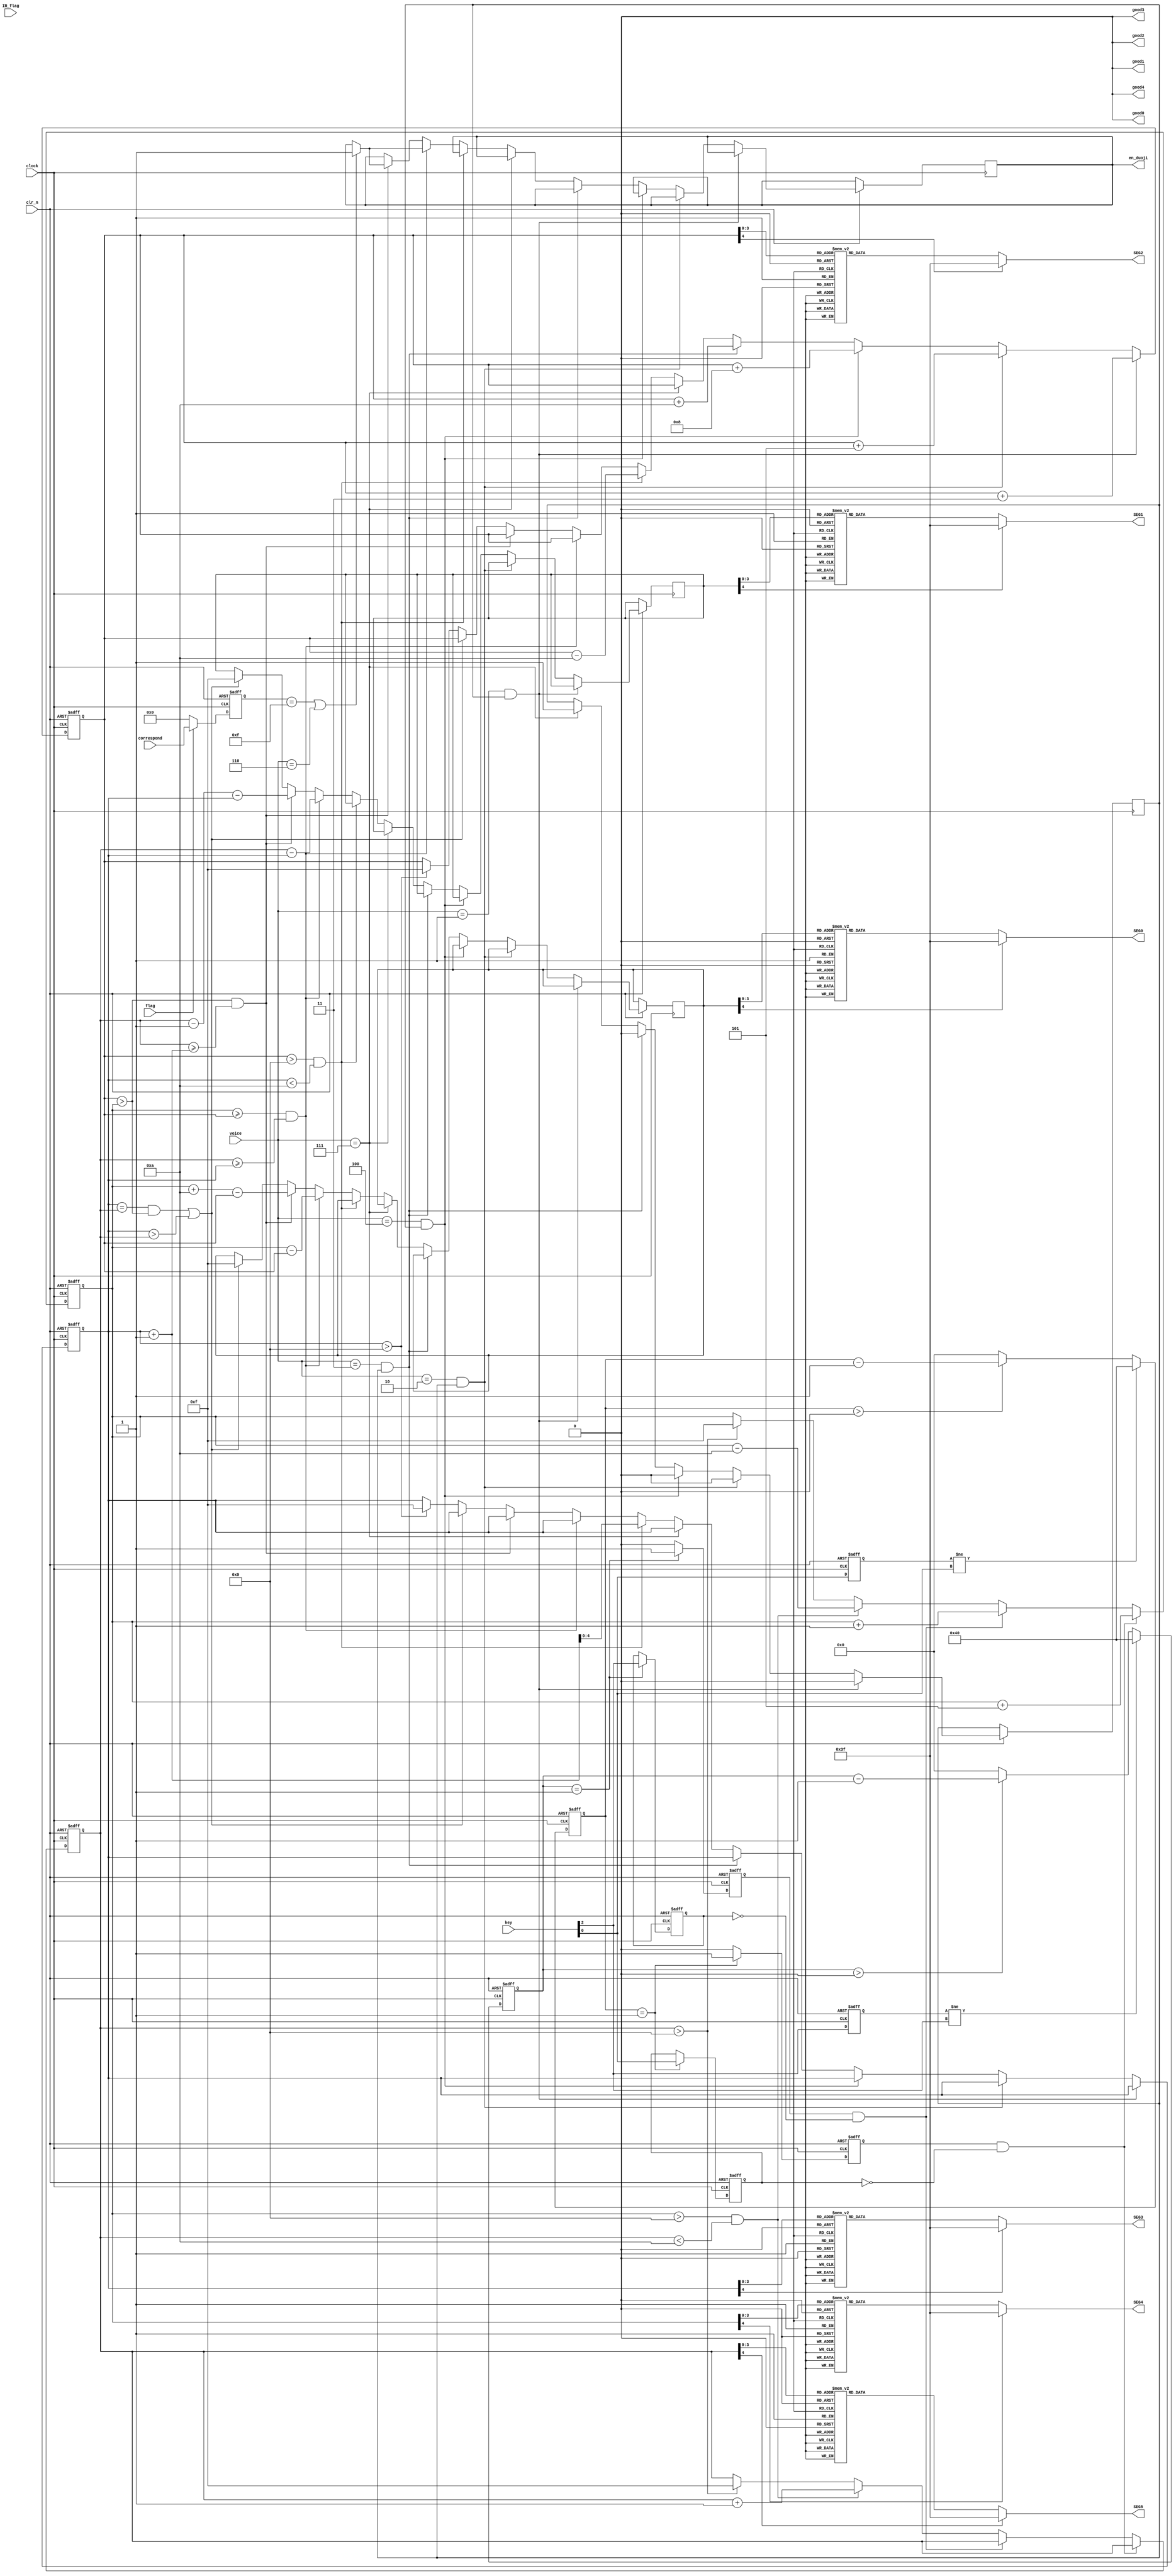
module calcu(
	input clock,
	input clr_n,
	input [2:0] key,
	input flag,
	input    [2:0]voice,
	input IR_flag,
	input  [7:0] correspond,
	output reg good0,
	output reg good1,
	output reg good2,
	output reg good3,
	output reg good4,
	
	output reg en_duoji,
	output reg [6:0] SEG0,
	output reg [6:0] SEG1,
	output reg [6:0] SEG2,
	output reg [6:0] SEG3,
	output reg [6:0] SEG4,
	output reg [6:0] SEG5
);
reg[7:0]A;
reg[2:0]B=3'b0;
reg voice_flag;
reg chongfu_flag=1'b0;
reg [2:0]key_value;
reg [2:0]key_flag;
reg [2:0]key_reg;
reg [6:0]pay_total='d0;
reg [6:0]item_total='d0;
//reg [3:0]num_cnt='d0;
reg [3:0]pay_1=4'd5;
reg [3:0]pay_2=4'd1;
reg [3:0]item_1=4'd3;
reg [3:0]item_2=4'd5;
reg [3:0]item_3=4'd8;
reg [3:0]item_4=4'd10;
reg [4:0]pay_total_gw='d0;
reg [4:0]pay_total_sw='d0;
reg [4:0]remain_gw='d0;
reg [4:0]remain_sw='d0;
reg [4:0]item_total_gw='d0;
reg [4:0]item_total_sw='d0;
reg [19:0] delay_cnt;
reg [19:0] delay_cnt1;
reg [19:0] delay_cnt2;
initial SEG0=7'b100_0000;
initial SEG1=7'b100_0000;
initial  good0='b0;
initial  good1='b0;
initial  good2='b0;
initial good3='b0;
initial good4='b0;
initial en_duoji='b0;
always@(posedge clock or negedge clr_n)
if(clr_n == 1'b0)
A <= 8'b0;
else if(flag==1'b1)
A <= correspond;
else
A <= 8'b0;

//always@(posedge clock or negedge clr_n)
//if(clr_n == 1'b0)
//B <= 3'b0;
//else if(B==voice)
//B <= 3'b0;
//else
//B <=voice;


always@(posedge clock or negedge clr_n)begin
	if(!clr_n)begin
		key_reg[0]<=1'b1;
		delay_cnt<=20'b0;
		end
	else begin
		key_reg[0]<=key[0];
		if(key_reg[0] != key[0])
			delay_cnt<=20'b1000_000;
		else begin
			if(delay_cnt>0)
				delay_cnt<=delay_cnt-20'b1;
			else
				delay_cnt<=20'b0;
			end
		end	
end
always@(posedge clock or negedge clr_n)begin
	if(!clr_n)begin
		key_value[0]<=1'b1;
		key_flag[0]<=1'b0;
	end 
	else begin 
		if(delay_cnt==20'b1)begin
			key_flag[0]<=1'b1;
			key_value[0]<=key[0];
		end
		else begin
			key_flag[0]<=1'b0;
			key_value[0]<=key_value[0];
			end
		end
	end
	
		always@(posedge clock or negedge clr_n)begin
	if(!clr_n)begin
		key_reg[2]<=1'b1;
		delay_cnt2<=20'b0;
		end
	else begin
		key_reg[2]<=key[2];
		if(key_reg[2] != key[2])
			delay_cnt2<=20'b1000_000;
		else begin
			if(delay_cnt2>0)
				delay_cnt2<=delay_cnt2-20'b1;
			else
				delay_cnt2<=20'b0;
			end
		end	
end
always@(posedge clock or negedge clr_n)begin
	if(!clr_n)begin
		key_value[2]<=1'b1;
		key_flag[2]<=1'b0;
	end 
	else begin 
		if(delay_cnt2==20'b1)begin
			key_flag[2]<=1'b1;
			key_value[2]<=key[2];
		end
		else begin
			key_flag[2]<=1'b0;
			key_value[2]<=key_value[2];
			end
		end
	end
	
always@(posedge clock or negedge clr_n)begin
	if(!clr_n) begin
			pay_total_gw<='d0;
			pay_total_sw<='d0;
		end
//		else if(IR_flag)
//		begin
//			pay_total_gw<='d0;
//			pay_total_sw<='d0;
//		end
	else if(key_flag[0]&(!key_value[0]))			//button down
			pay_total_gw<=pay_total_gw+pay_1;
	else if(key_flag[2]&(!key_value[2]))			//button2 down
			pay_total_gw<=pay_total_gw+pay_2;
	else if(pay_total_gw>'d9&&pay_total_sw<'d10)begin
				pay_total_sw<=pay_total_sw+'d1;
				pay_total_gw<=pay_total_gw-'d10;
				pay_total = 10*pay_total_sw+pay_total_gw;
				end
	//else if(pay_total_sw>'d0&&pay_total_sw<'d10) pay_total = 10*pay_total_sw+pay_total_gw;
				
	//else if(pay_total_sw=='d0&&pay_total_gw<'d10)
				//pay_total <= pay_total_gw;
	else if(pay_total_sw>'d9)begin
				pay_total_gw<='hf;
				pay_total_sw<='hf;
			end
		//end
end
always@(posedge clock or negedge clr_n)begin

end
always @(pay_total_gw)
	begin
		case(pay_total_gw)
		4'd1: SEG4=7'b111_1001;
		4'd2: SEG4=7'b010_0100;
		4'd3: SEG4=7'b011_0000;
		4'd4: SEG4=7'b001_1001;
		4'd5: SEG4=7'b001_0010;
		4'd6: SEG4=7'b000_0010;
		4'd7: SEG4=7'b111_1000;
		4'd8: SEG4=7'b000_0000;
		4'd9: SEG4=7'b001_0000;
		4'd0: SEG4=7'b100_0000;
		4'hf: SEG4=7'b000_1110;
		default:SEG4=7'b011_1111;
		endcase
	end
	always @(pay_total_sw)
	begin
		case(pay_total_sw)
		4'd1: SEG5=7'b111_1001;
		4'd2: SEG5=7'b010_0100;
		4'd3: SEG5=7'b011_0000;
		4'd4: SEG5=7'b001_1001;
		4'd5: SEG5=7'b001_0010;
		4'd6: SEG5=7'b000_0010;
		4'd7: SEG5=7'b111_1000;
		4'd8: SEG5=7'b000_0000;
		4'd9: SEG5=7'b001_0000;
		4'd0: SEG5=7'b100_0000;
		4'hf: SEG5=7'b000_1110;
		default:SEG5=7'b011_1111;
		endcase
	end
	
	
	
always@(posedge clock or negedge clr_n)begin
	if(!clr_n)begin
		key_reg[1]<=1'b1;
		delay_cnt1<=20'b0;
		end
	else begin
		key_reg[1]<=key[1];
		if(key_reg[1] != key[1])
			delay_cnt1<=20'b1000_000;
		else begin
			if(delay_cnt1>0)
				delay_cnt1<=delay_cnt1-20'b1;
			else
				delay_cnt1<=20'b0;
			end
		end	
end
always@(posedge clock or negedge clr_n)begin
	if(!clr_n)begin
		key_value[1]<=1'b1;
		key_flag[1]<=1'b0;
	end 
	else begin 
		if(delay_cnt1==20'b1)begin
			key_flag[1]<=1'b1;
			key_value[1]<=key[1];
		end
		else begin
			key_flag[1]<=1'b0;
			key_value[1]<=key_value[1];
			end
		end
	end
	

  
always@(posedge clock or negedge clr_n)
  begin
	if(!clr_n)begin
		item_total_gw<=1'b0;
	   item_total_sw<=1'b0;
	end 
//	 else if (IR_flag)begin
//		item_total_gw<='d0;
//			item_total_sw<='d0;
//		end
else if (voice=='b001&&voice_flag)begin
	
		item_total_gw<=item_total_gw+item_1;
		voice_flag<='b0;
	end
	else if(voice=='b010&&voice_flag)begin
		item_total_gw<=item_total_gw+item_2;
		voice_flag<='b0;
	end
	else if(voice=='b100&&voice_flag)begin
		item_total_gw<=item_total_gw+item_3;
		voice_flag<='b0;
	end
	else if (voice=='b011&&voice_flag)begin
		item_total_gw<=item_total_gw+item_4;
		voice_flag<='b0;
	end
	//else if(voice=='b000&&voice_flag)begin
		//item_total_sw<=0;
	//	item_total_gw<=0;
	//	voice_flag=0;
	//	end
	else if(voice=='b111)begin
	voice_flag<='b1;
  end
  
 else if(item_total_gw>'d9&&item_total_sw<'d10)begin
				item_total_sw<=item_total_sw+'d1;
				item_total_gw<=item_total_gw-'d10;
				item_total = 10*item_total_sw+item_total_gw;
			end
	//else if(item_total_sw>'d0&&item_total_sw<'d10) item_total = 10*item_total_sw+item_total_gw;
	//else if(item_total_sw=='d0&&item_total_gw<'d10)
				//item_total <= item_total_gw;
	else if(pay_total_gw>=item_total_gw&&pay_total_sw>=item_total_sw)
	      begin
				remain_gw<=pay_total_gw-item_total_gw;
				remain_sw<=pay_total_sw-item_total_sw;
				if(A==8'b0000_1111||voice==3'b110)
				en_duoji<='b1;
			end
	else if(item_total_gw>pay_total_gw&&pay_total_sw>=item_total_sw+1)begin
				remain_gw<=pay_total_gw+'d10-item_total_gw;
				remain_sw<=pay_total_sw-'d1-item_total_sw;
				if(A==8'b0000_1111||voice==3'b110)
				en_duoji<='b1;
			end
			//debug
	else if(item_total_sw==pay_total_sw&&item_total_gw>pay_total_gw||item_total_sw>pay_total_sw)
	       begin
				remain_gw<='hf;
				remain_sw<='hf;
			 end
	else if(item_total_sw>'d9)begin
				item_total_gw<='hf;
				item_total_sw<='hf;
			end
		end
//end
always @(item_total_gw)
	begin
		case(item_total_gw)
		4'd1: SEG2=7'b111_1001;
		4'd2: SEG2=7'b010_0100;
		4'd3: SEG2=7'b011_0000;
		4'd4: SEG2=7'b001_1001;
		4'd5: SEG2=7'b001_0010;
		4'd6: SEG2=7'b000_0010;
		4'd7: SEG2=7'b111_1000;
		4'd8: SEG2=7'b000_0000;
		4'd9: SEG2=7'b001_0000;
		4'd0: SEG2=7'b100_0000;
		4'hf: SEG2=7'b000_1110;
		default:SEG2=7'b011_1111;
		endcase
	end
	always @(item_total_sw)
	begin
		case(item_total_sw)
		4'd1: SEG3=7'b111_1001;
		4'd2: SEG3=7'b010_0100;
		4'd3: SEG3=7'b011_0000;
		4'd4: SEG3=7'b001_1001;
		4'd5: SEG3=7'b001_0010;
		4'd6: SEG3=7'b000_0010;
		4'd7: SEG3=7'b111_1000;
		4'd8: SEG3=7'b000_0000;
		4'd9: SEG3=7'b001_0000;
		4'd0: SEG3=7'b100_0000;
		4'hf: SEG3=7'b000_1110;
		default:SEG3=7'b011_1111;
		endcase
	end
	always @(remain_gw)
	begin
		case(remain_gw)
		4'd1: SEG0=7'b111_1001;
		4'd2: SEG0=7'b010_0100;
		4'd3: SEG0=7'b011_0000;
		4'd4: SEG0=7'b001_1001;
		4'd5: SEG0=7'b001_0010;
		4'd6: SEG0=7'b000_0010;
		4'd7: SEG0=7'b111_1000;
		4'd8: SEG0=7'b000_0000;
		4'd9: SEG0=7'b001_0000;
		4'd0: SEG0=7'b100_0000;
		4'hf: SEG0=7'b000_1110;
		default:SEG0=7'b011_1111;
		endcase
	end
	always @(remain_sw)
	begin
		case(remain_sw)
		4'd1: SEG1=7'b111_1001;
		4'd2: SEG1=7'b010_0100;
		4'd3: SEG1=7'b011_0000;
		4'd4: SEG1=7'b001_1001;
		4'd5: SEG1=7'b001_0010;
		4'd6: SEG1=7'b000_0010;
		4'd7: SEG1=7'b111_1000;
		4'd8: SEG1=7'b000_0000;
		4'd9: SEG1=7'b001_0000;
		4'd0: SEG1=7'b100_0000;
		4'hf: SEG1=7'b000_1110;
		default:SEG1=7'b011_1111;
		endcase
	end
endmodule



  
 	
  
//begin
//
//	case(A)
//	8'b0000_0001:  begin
//	               item_total_gw<=item_total_gw+item_1;//
//                   good0<='b1;
//						end
//	8'b0000_0010:  begin
//	              item_total_gw<=item_total_gw+item_2;//
//	                good1<='b1;
//	               end
//	8'b0000_0011:  begin
//	              item_total_gw<=item_total_gw+item_3;//
//					     good2<='b1;
//					  end
//	8'b0000_0100:  begin
//	              item_total_gw<=item_total_gw+item_4;//
//					  if(chongfu_flag==1'b0)
//					  begin
//					  good3<='b1;
//					  chongfu_flag<=1'b1;
//					  end
//					  else
//					  good4<='b1;
//					  end
//	8'b1111_1111:  begin 
//	              item_total_gw<=1'b0;
//					  item_total_sw<=1'b0;
//				
//					  end
//	  default:;
//  endcase